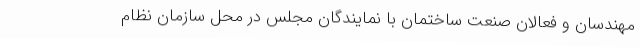
مهندسان و فعالان صنعت ساختمان با نمایندگان مجلس در محل سازمان نظام